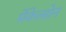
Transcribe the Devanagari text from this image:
मेंकेलग्रेन